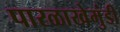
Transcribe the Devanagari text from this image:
पारळाखेमुंडी